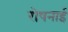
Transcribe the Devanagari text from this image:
रोषनाई